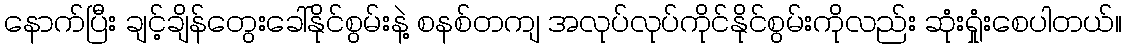
နောက်ပြီး ချင့်ချိန်တွေးခေါ်နိုင်စွမ်းနဲ့ စနစ်တကျ အလုပ်လုပ်ကိုင်နိုင်စွမ်းကိုလည်း ဆုံးရှုံးစေပါတယ်။